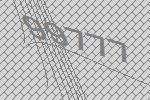
99777